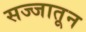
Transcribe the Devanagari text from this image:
सज्जातून